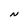
Character: N